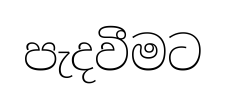
පැදවීමට